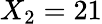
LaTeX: X_{2}=21